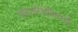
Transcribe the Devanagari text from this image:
गया।ऑस्ट्रेलियाई